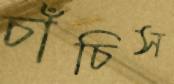
চাঁচিস